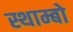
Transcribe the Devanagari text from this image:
स्थाम्बो